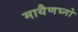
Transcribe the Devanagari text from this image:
मायैणघ्नो